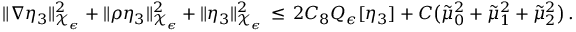
\| \nabla \eta _ { 3 } \| _ { \mathcal { X } _ { \epsilon } } ^ { 2 } + \| \rho \eta _ { 3 } \| _ { \mathcal { X } _ { \epsilon } } ^ { 2 } + \| \eta _ { 3 } \| _ { \mathcal { X } _ { \epsilon } } ^ { 2 } \, \le \, 2 C _ { 8 } Q _ { \epsilon } [ \eta _ { 3 } ] + C \bigl ( \tilde { \mu } _ { 0 } ^ { 2 } + \tilde { \mu } _ { 1 } ^ { 2 } + \tilde { \mu } _ { 2 } ^ { 2 } \bigr ) \, .